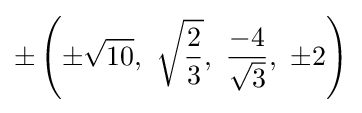
\pm \left(\pm {\sqrt {10}},\ {\sqrt {\frac {2}{3}}},\ {\frac {-4}{\sqrt {3}}},\ \pm 2\right)